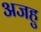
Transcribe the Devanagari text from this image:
अजहु